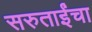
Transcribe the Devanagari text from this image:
सरुताईंचा